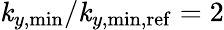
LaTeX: \mathit{k}_{y,\mathrm{{min}}}/\mathit{k}_{y,\mathrm{{min,ref}}}=2